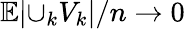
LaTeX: \mathbb{E}{\lvert\cup_{k}V_{k}\rvert}/n\rightarrow 0